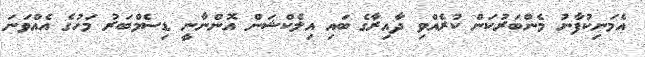
އެމަނިކުފާނު މެންބަރުކަން ކުރެއްވި ދާއިރާގެ ބައި އިލެކްޝަން އޮންނާނީ ޑިސެމްބަރު މަހުގެ އެއްވަނަ